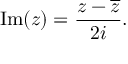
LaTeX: \quad \operatorname { I m } ( z ) = { \frac { z - { \overline { { z } } } } { 2 i } } .